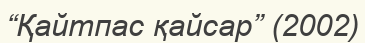
“Қайтпас қайсар” (2002)